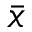
\bar { x }